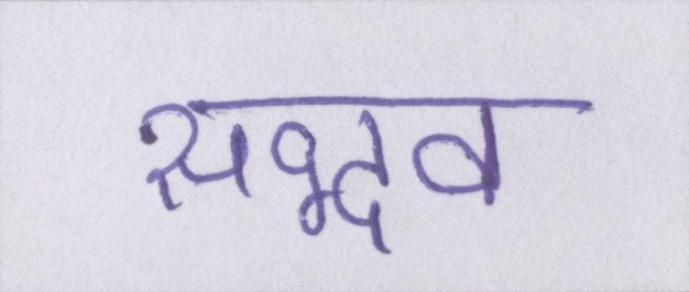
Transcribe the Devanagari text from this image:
सद्भव